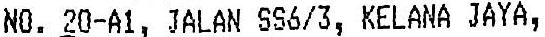
NO. 20-A1, JALAN SS6/3, KELANA JAYA,